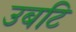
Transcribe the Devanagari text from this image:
उबटि